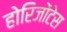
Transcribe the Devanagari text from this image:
होरिजोंटेस